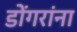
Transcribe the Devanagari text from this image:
डोंगरांना